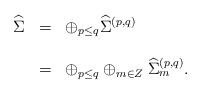
\begin{align*}\begin{array}{lcl}{\widehat \Sigma}&=&\oplus_{p\leq q}{\widehat \Sigma}^{(p,q)} \\\\&=& \oplus_{p\leq q}\oplus_{m\in Z}{\widehat \Sigma}_{m}^{(p,q)}.\end{array}\end{align*}